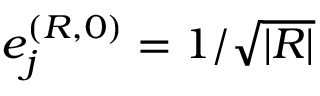
e _ { j } ^ { ( R , 0 ) } = 1 / \sqrt { | { \cal R } | }